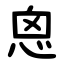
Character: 恖